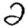
Digit: 2